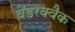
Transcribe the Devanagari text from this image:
वेंडरक्वैक